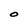
Character: O